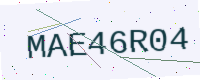
Text: MAE46R04